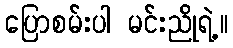
ပြောစမ်းပါ မင်းညိုရဲ့။